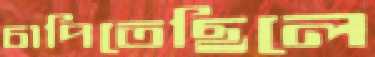
চাপিতেছিলে